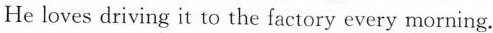
He loves driving it to the factory every morning.